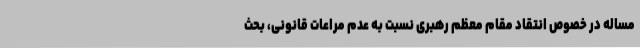
مساله در خصوص انتقاد مقام معظم رهبری نسبت به عدم مراعات قانونی، بحث